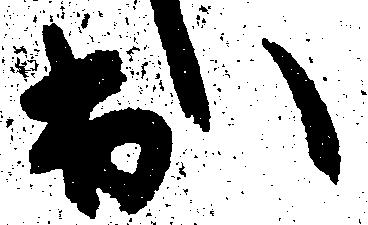
出